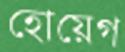
হোয়েগ